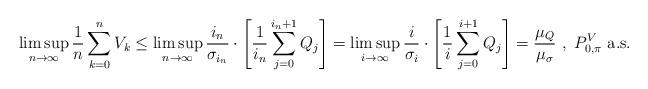
LaTeX: \begin{align*}\limsup_{n \to \infty} \frac{1}{n} \sum_{k = 0}^n V_k\leq \limsup_{n \to \infty} \frac{i_n}{\sigma_{i_n}} \cdot \left[ \frac{1}{i_n} \sum_{j = 0}^{i_n + 1} Q_j \right]= \limsup_{i \to \infty} \frac{i}{\sigma_i} \cdot \left[ \frac{1}{i} \sum_{j = 0}^{i + 1} Q_j \right]= \frac{\mu_{Q}}{\mu_{\sigma}}~,~ P_{0,\pi}^V ~ \mbox{a.s.}\end{align*}